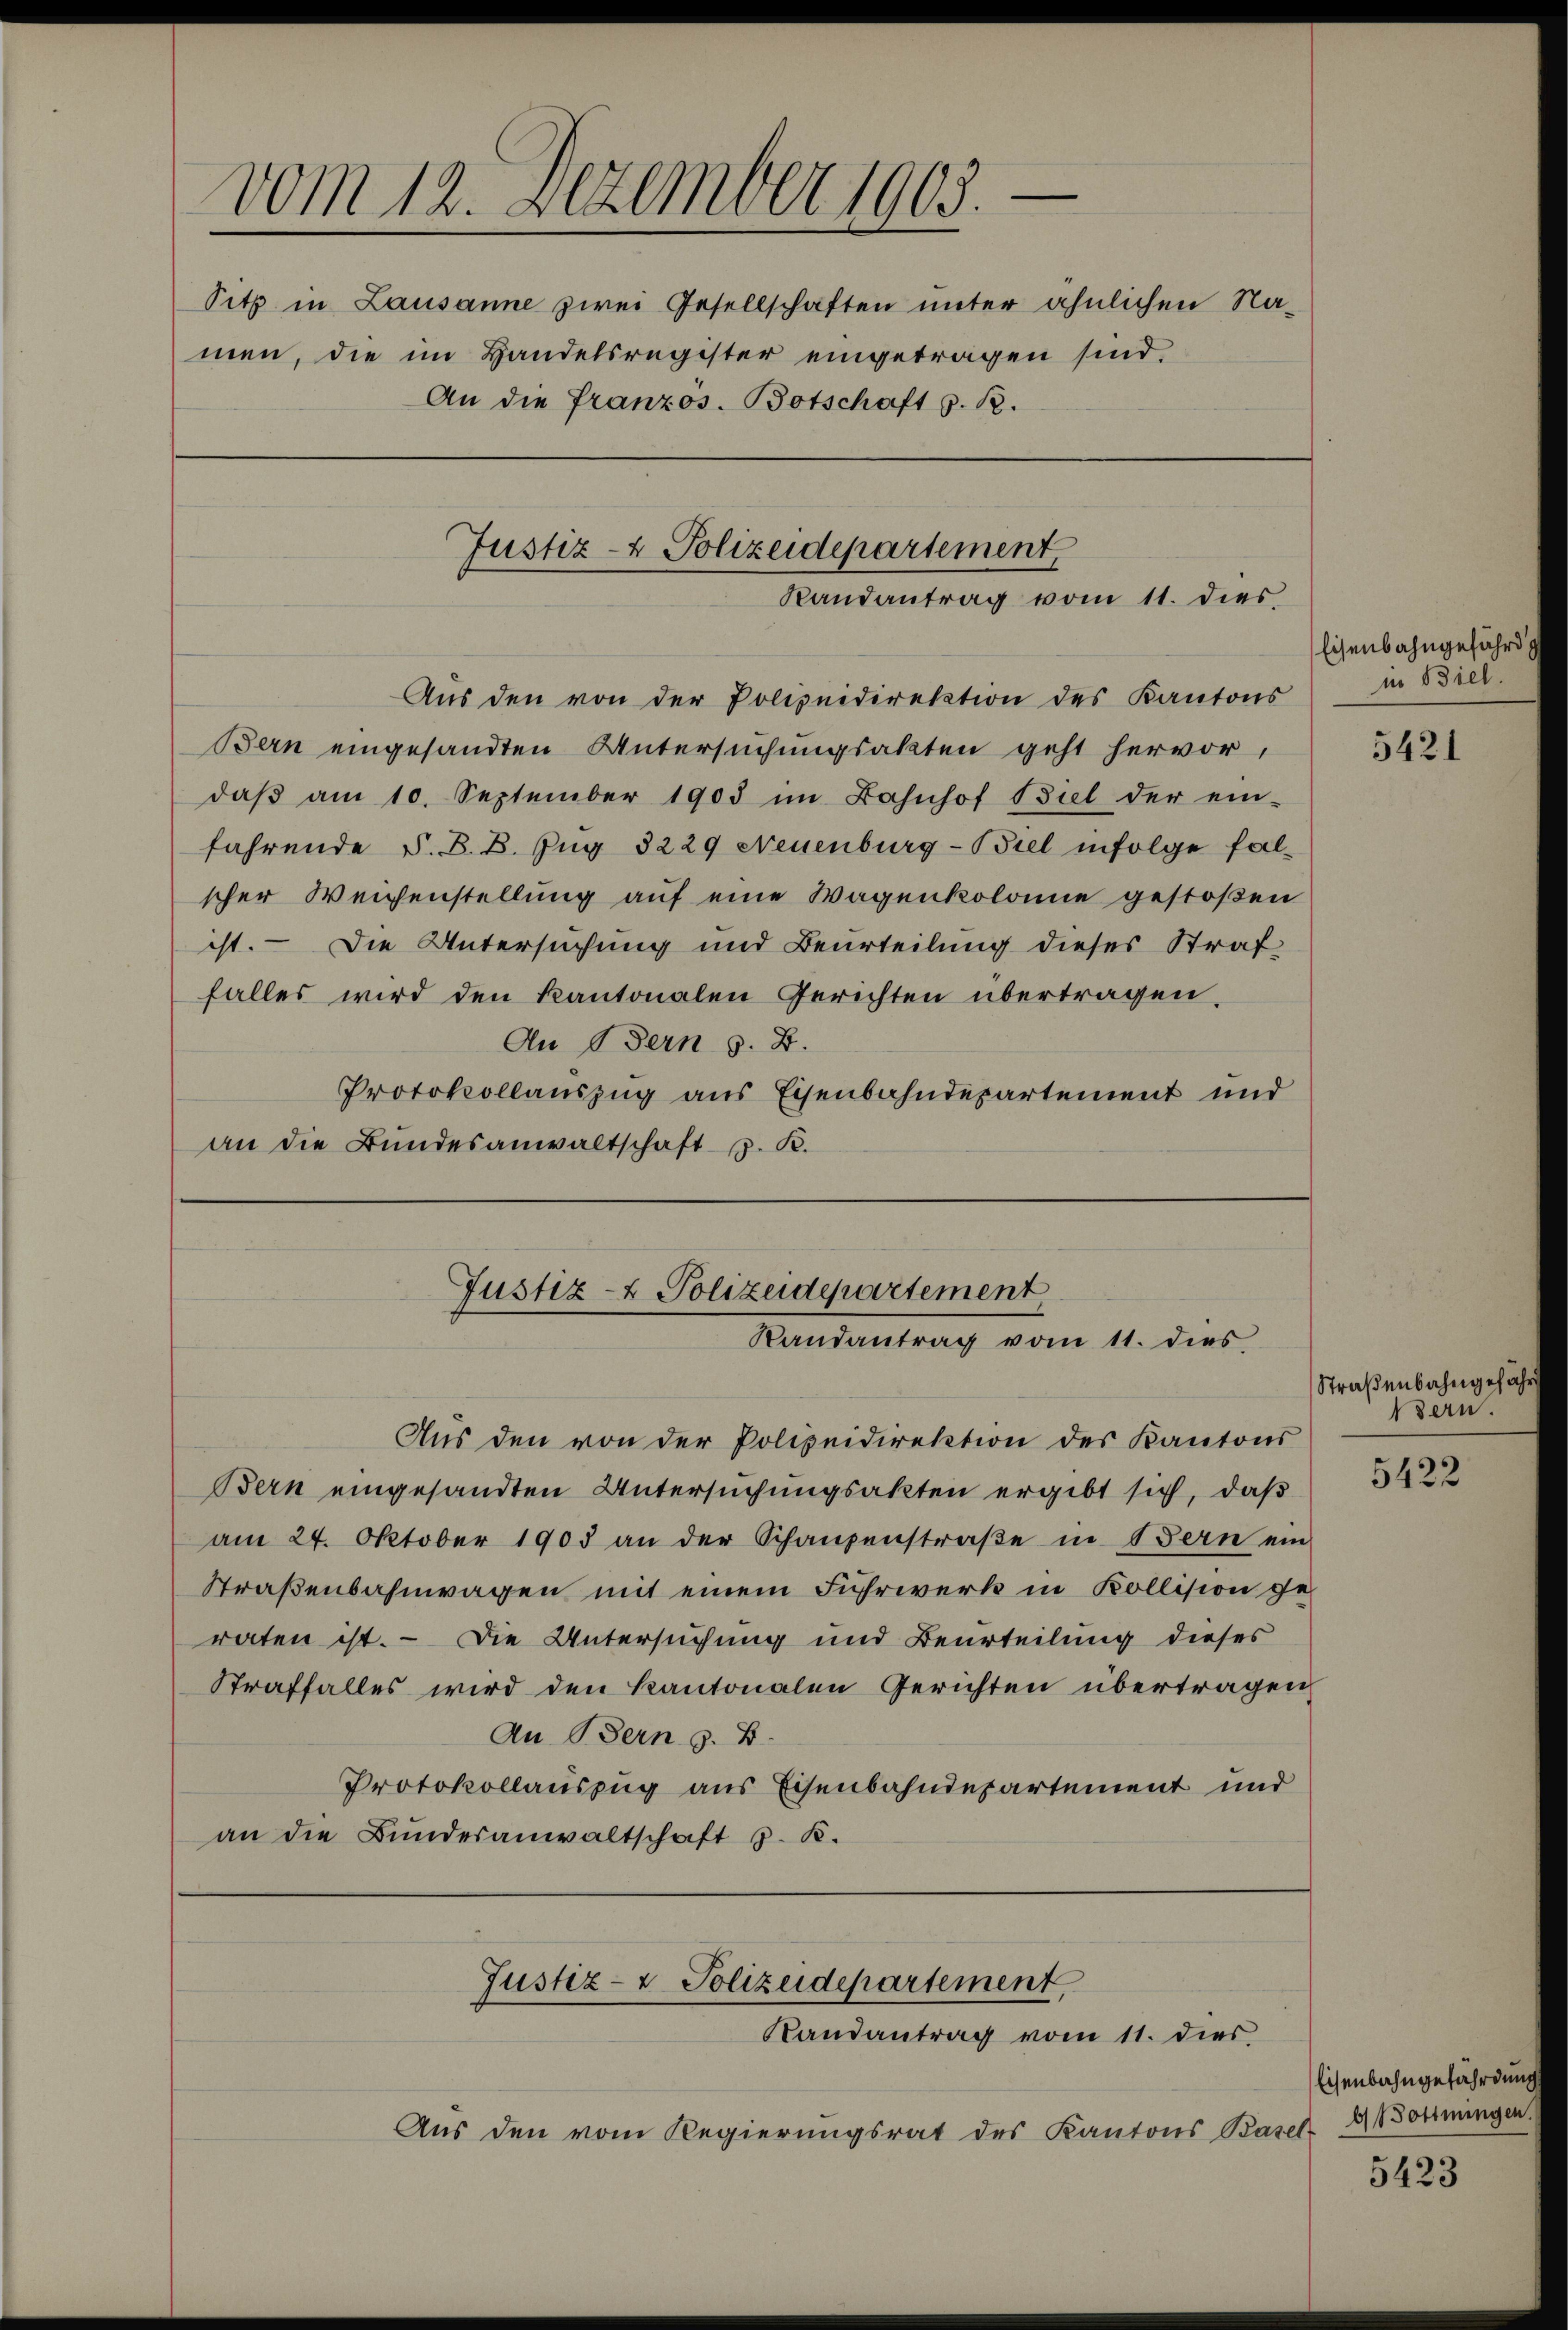
—
vom 12. Dezember 1903.
Sitz in Lausanne zwei Gesellschaften unter ähnlichen Namen, die im Handelsregister eingetragen sind,
An die Franzos. Botschaft z. B.
Justiz- & Polizeidepartement

Randantrag vom 11. dies

Aŭs den von der Polizeidirektion des Kantons
Bern eingesandten Untersuchungsakten geht hervor,
daβ am 10. September 1903 im Bahnhof Biel der ein-
fahrende S. B. B. Zug 3229 Neuenburg-Biel infolge falscher Weichenstellung auf eine Wagenkolonie gestoßen
ist. — Die Untersuchung und Beurteilung dieses Straf
falles wird den Kantonalen Gerichten übertragen.
An Bern s. B.
Protokollauszug aus Eisenbahndepartement und
an die Bundesanwaltschaft z. K.

Justiz- & Polizeidepartement
Randantrag vom 11. dies

Aŭs den von der Polizeidirektion des Kantons
Bern eingesandten Untersuchungsakten ergibt sich, daß
am 24. Oktober 1903 an der Schanzenstraße in Bern ein
Straßenbahnwagen mit einem Fuhrwerk in Kollision geraten ist. — Die Untersuchung und Beurteilung dieses
Straffalles wird den Kantonalen Gerichten übertragen,
An Bern z. B.
Protokollauszug aus Eisenbahndepartement und
an die Bundesanwaltschaft J. K.

Aus den vom Regierungsrat des Kantons Basel-

Justiz- & Polizeidepartement
Randantrag vom 11. dies

Eisenbahngefährd
in Biel.

5421

Straßenbahngefähr
ern

5422

Eisenbahngefährdung
bottingen.

5423